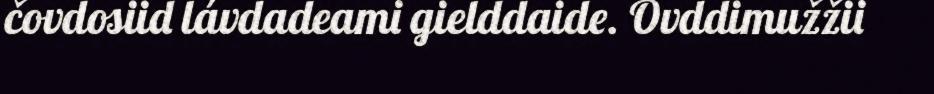
čovdosiid lávdadeami gielddaide. Ovddimužžii